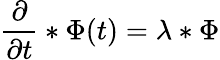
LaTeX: {\frac{\partial}{\partial t}}*\Phi(t)=\lambda*\Phi